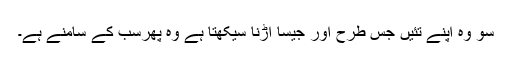
سو وہ اپنے تئیں جس طرح اور جیسا اڑنا سیکھتا ہے وہ پھرسب کے سامنے ہے۔